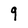
Character: 9